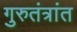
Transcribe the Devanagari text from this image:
गुरुतंत्रांत